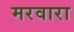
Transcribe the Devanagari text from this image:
मरवारा